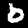
Label: 0